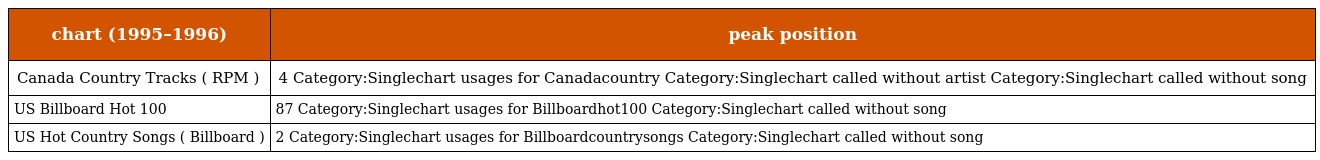
| chart (1995–1996) | peak position |
 | --- | --- |
 | Canada Country Tracks ( RPM ) | 4 Category:Singlechart usages for Canadacountry Category:Singlechart called without artist Category:Singlechart called without song |
 | US Billboard Hot 100 | 87 Category:Singlechart usages for Billboardhot100 Category:Singlechart called without song |
 | US Hot Country Songs ( Billboard ) | 2 Category:Singlechart usages for Billboardcountrysongs Category:Singlechart called without song |